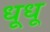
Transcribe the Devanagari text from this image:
धूधू